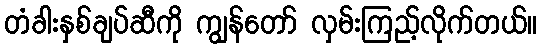
တံခါးနှစ်ချပ်ဆီကို ကျွန်တော် လှမ်းကြည့်လိုက်တယ်။